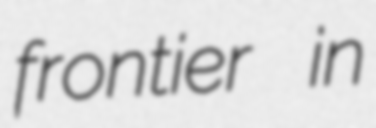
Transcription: frontier in